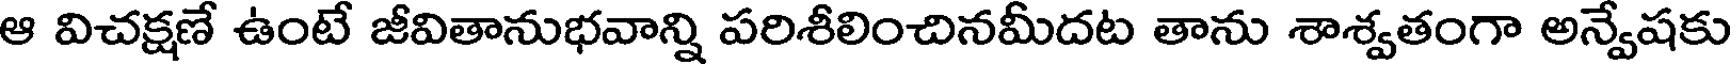
ఆ విచక్షణే ఉంటే జీవితానుభవాన్ని పరిశీలించినమీదట తాను శాశ్వతంగా అన్వేషకు